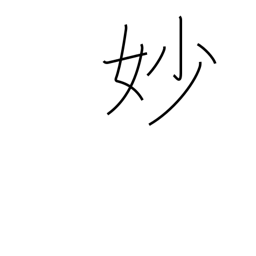
Meaning: exquisite